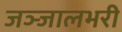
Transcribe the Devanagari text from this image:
जञ्जालभरी